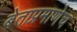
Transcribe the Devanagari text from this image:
बेताप्रमाणेच